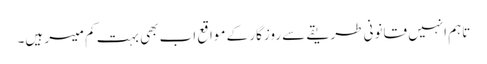
تاہم انہیں قانونی طریقے سے روزگار کے مواقع اب بھی بہت کم میسر ہیں۔